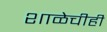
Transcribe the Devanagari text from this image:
शाळेचीही